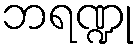
ဘရဏ္ဍု